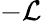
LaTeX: -\mathcal{L}